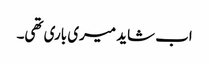
اب شاید میری باری تھی۔